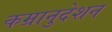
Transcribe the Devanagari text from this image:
कम्रानुदेशन